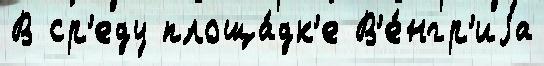
В ср'еду площа́дк'е В'е́нгр'иjа